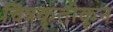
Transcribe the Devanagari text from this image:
चित्रकृतीकून